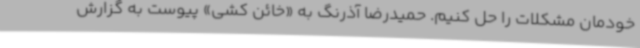
خودمان مشکلات را حل کنیم. حمیدرضا آذرنگ به «خائن کشی» پیوست به گزارش